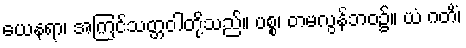
ယေနရာ၊ အကြင်သတ္တဝါတို့သည်။ ပစ္စ၊ တမလွန်ဘဝ၌။ ယံ ဂတိံ၊